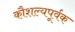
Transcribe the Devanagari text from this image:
कौशल्यपूर्वक